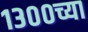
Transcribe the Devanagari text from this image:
१३००च्या